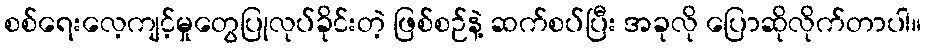
စစ်ရေးလေ့ကျင့်မှုတွေပြုလုပ်ခိုင်းတဲ့ ဖြစ်စဉ်နဲ့ ဆက်စပ်ပြီး အခုလို ပြောဆိုလိုက်တာပါ။